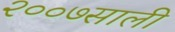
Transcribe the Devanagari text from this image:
२००७साली